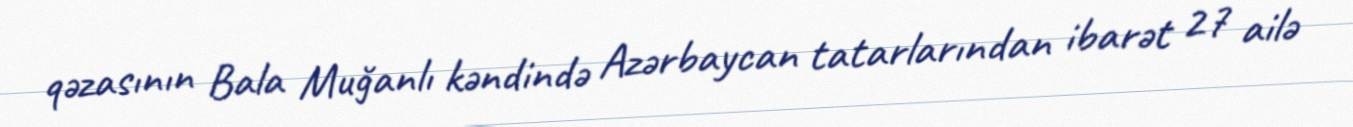
qəzasının Bala Muğanlı kəndində Azərbaycan tatarlarından ibarət 27 ailə